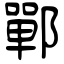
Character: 鄲